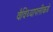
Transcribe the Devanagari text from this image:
वैविध्यापलीकडे